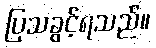
ပြသခွင့်ရသည်။